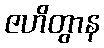
ဇဟိတွာန